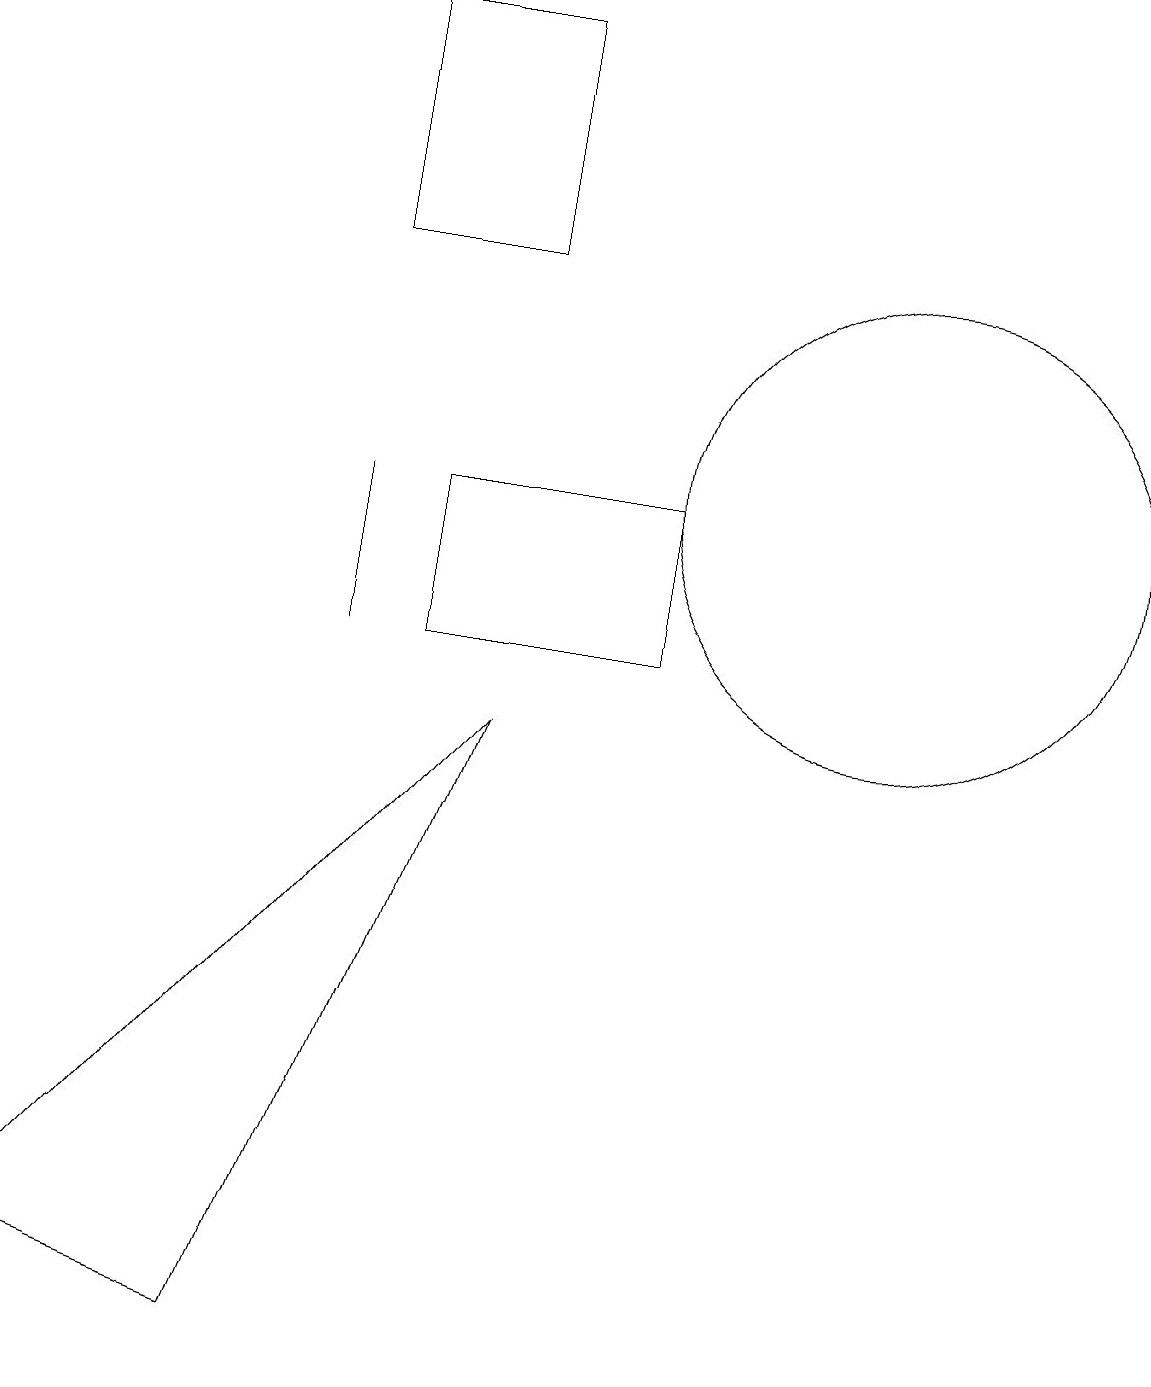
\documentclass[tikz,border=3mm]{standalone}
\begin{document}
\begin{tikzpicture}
\draw (7,18) rectangle (5,15);
\draw (5,12) rectangle (5,10);
\draw (1,2) -- (4,1) -- (7,9) -- cycle;
\draw (12,12) circle (3);
\draw (9,12) rectangle (6,10);
\draw (11,11) circle (0);
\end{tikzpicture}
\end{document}